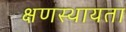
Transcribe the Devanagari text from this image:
क्षणस्थायता